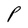
Character: P